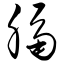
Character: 膈